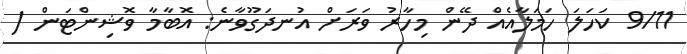
9/11 ކަހަލަ ހަމަލާއެއް ދޭން މިހާރު ވަރަށް އުނދަގޫވާނެ: އޮބާމާ ވޮޝިންޓަން (